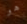
هو